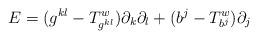
LaTeX: \begin{align*}E = (g^{kl} - T^w_{g^{kl}}) \partial_k \partial_l + (b^j - T^w_{b^j}) \partial_j\end{align*}